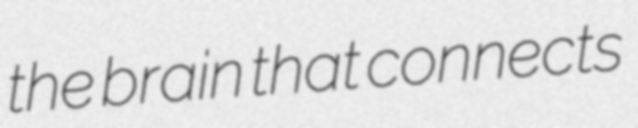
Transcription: the brain that connects